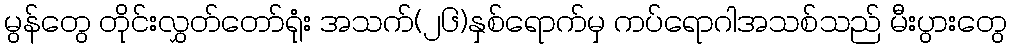
မွန်တွေ တိုင်းလွှတ်တော်ရုံး အသက်(၂၆)နှစ်ရောက်မှ ကပ်ရောဂါအသစ်သည် မီးပွားတွေ